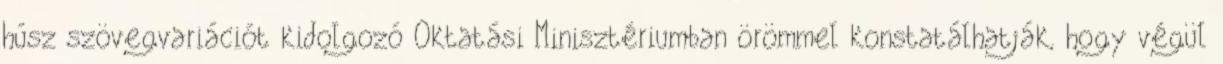
húsz szövegvariációt kidolgozó Oktatási Minisztériumban örömmel konstatálhatják, hogy végül